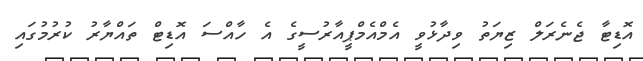
އޮޑިޓާ ޖެނެރަލް ޒިޔަތު ވިދާޅުވީ އެމްއެމްޕީއާރުސީގެ އެ ހާއްސަ އޮޑިޓް ތައްޔާރު ކުރުމުގައި